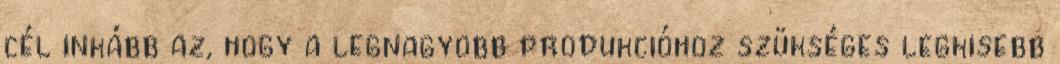
cél inkább az, hogy a legnagyobb produkcióhoz szükséges legkisebb